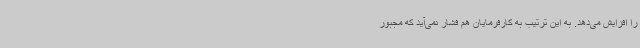
را افزایش می‌دهد. به این ترتیب به کارفرمایان هم فشار نمی‌آید که مجبور